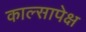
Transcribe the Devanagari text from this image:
काल्सापेक्ष